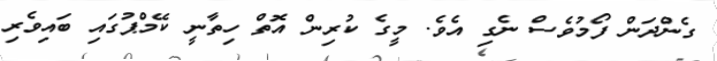
ގެންދަން ފޯމުވެސް ނެގި އެވެ. މީގެ ކުރިން އޮތް ހިތާނީ ކޭމްޕުގައި ބައިވެރި